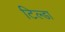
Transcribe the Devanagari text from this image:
टिल्डा